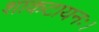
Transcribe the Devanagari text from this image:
शाकटायनः।